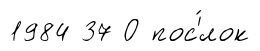
1984 37 О пос'́лок